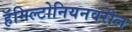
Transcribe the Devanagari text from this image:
हॅमिल्टोनियनवरील